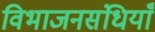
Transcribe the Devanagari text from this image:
विभाजनसंधियाँ